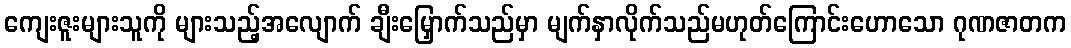
ကျေးဇူးများသူကို များသည့်အလျောက် ချီးမြှောက်သည်မှာ မျက်နှာလိုက်သည်မဟုတ်ကြောင်းဟောသော ဂုဏဇာတက